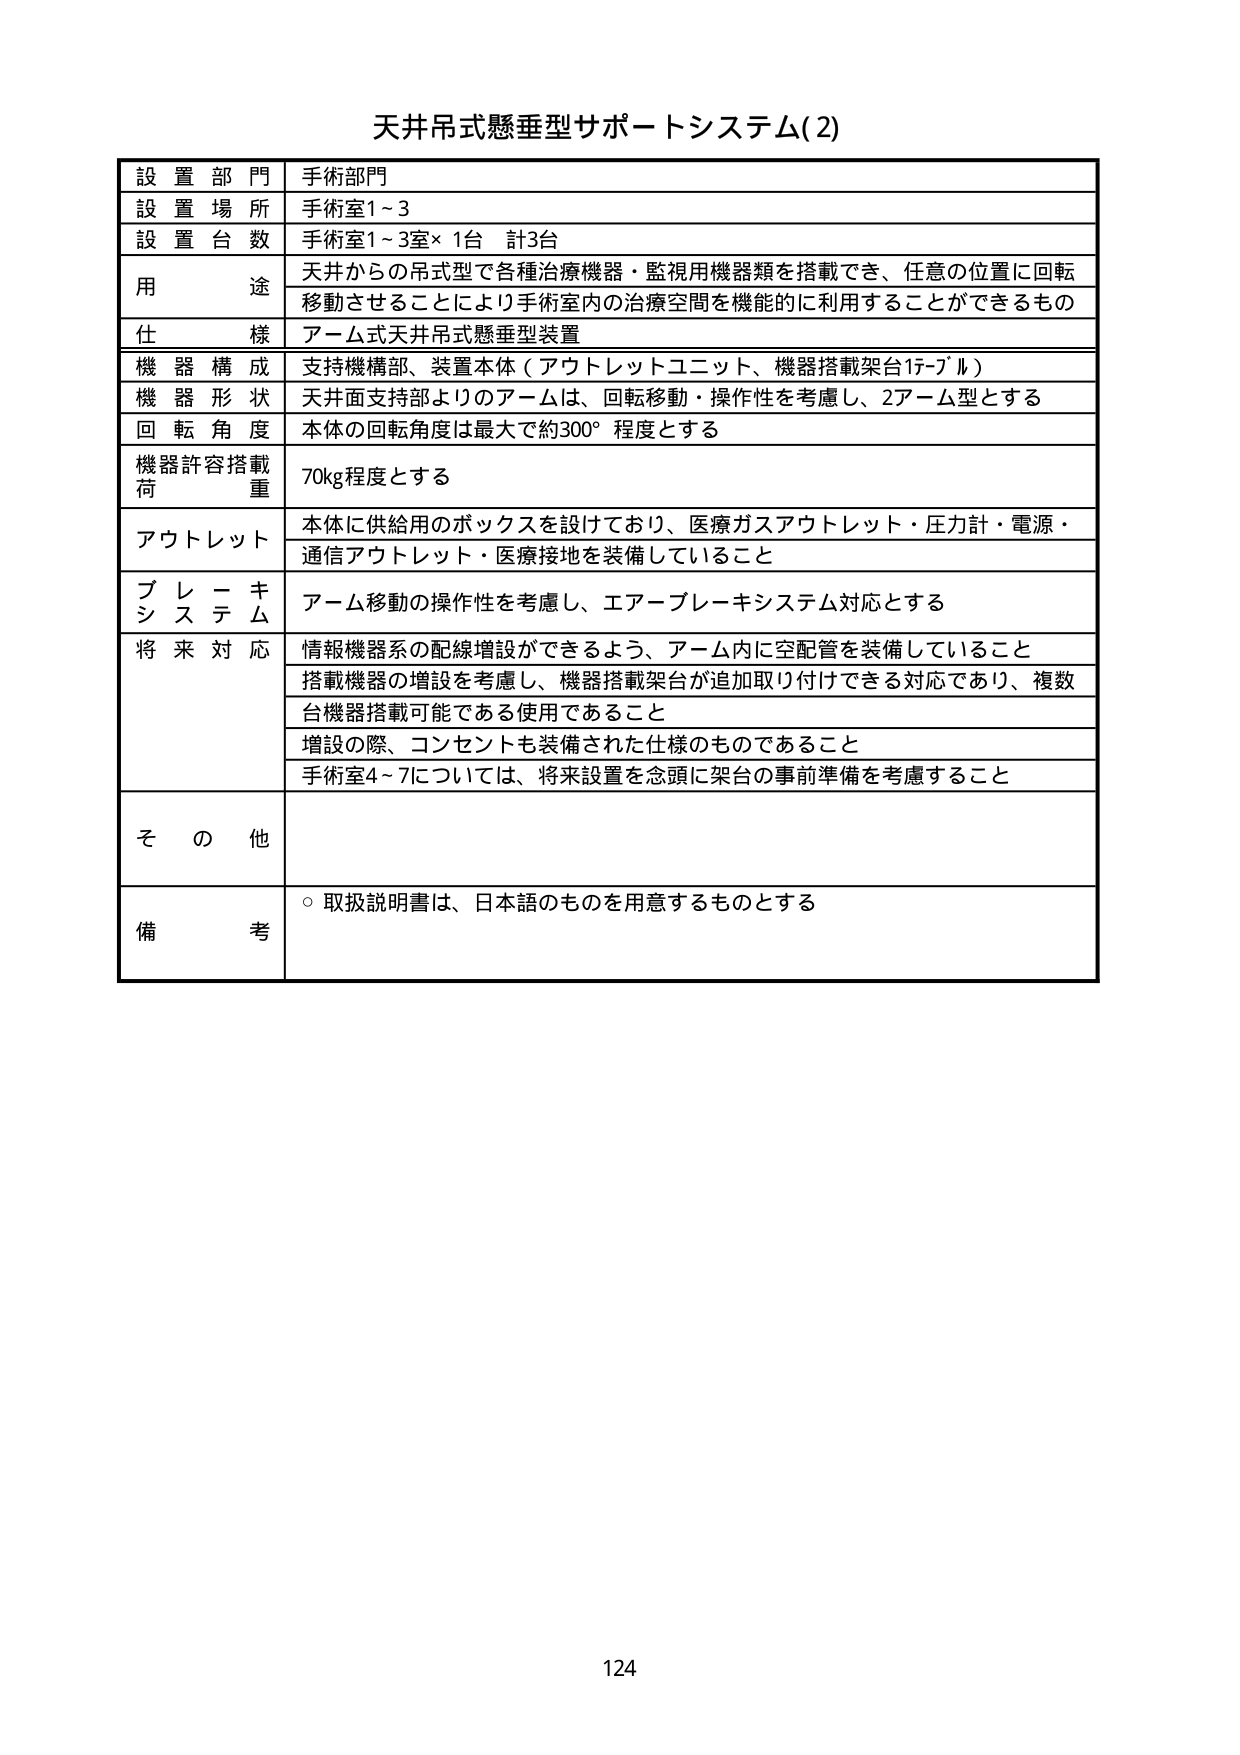
天井吊式懸垂型サポートシステム(2)

設置部門 手術部門
設置場所 手術室1～3
設置台数 手術室1～3室×1台 計3台
用途 天井からの吊式型で各種治療機器・監視用機器類を搭載でき、任意の位置に回転移動させることにより手術室内の治療空間を機能的に利用することができるもの
仕様 アーム式天井吊式懸垂型装置
機器構成 支持機構部、装置本体（アウトレットユニット、機器搭載架台17-プル）
機器形状 天井面支持部よりのアームは、回転移動・操作性を考慮し、2アーム型とする
回転角度 本体の回転角度は最大で約300°程度とする
機器許容搭載荷重 70kg程度とする
アウトレット 本体に供給用のボックスを設けており、医療ガスアウトレット・圧力計・電源・通信アウトレット・医療接地を装備していること
ブレーキシステム アーム移動の操作性を考慮し、エアーブレーキシステム対応とする
将来対応 情報機器系の配線増設ができるよう、アーム内に空配管を装備していること
搭載機器の増設を考慮し、機器搭載架台が追加取り付けできる対応であり、複数台機器搭載可能である使用であること
増設の際、コンセントも装備された仕様のものであること
手術室4～7については、将来設置を念頭に架台の事前準備を考慮すること
その他
備考 ○取扱説明書は、日本語のものを用意するものとする

124